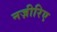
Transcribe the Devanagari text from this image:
नज़ीरिए